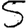
Digit: 5